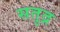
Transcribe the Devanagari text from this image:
सतुद्र